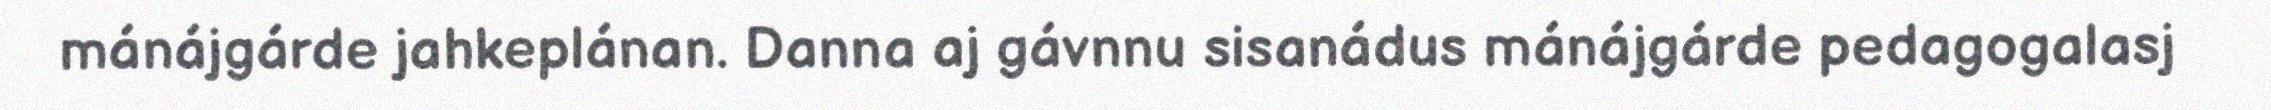
mánájgárde jahkeplánan. Danna aj gávnnu sisanádus mánájgárde pedagogalasj